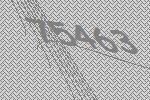
75463